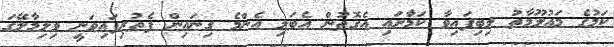
ކަމުގެ މައުލޫމާތު ލިބިފައިވާ ކަމަާށައި އެގޮތުން އެބަލި އެންމެ ގިނައިން ފެތުރިފައިވަނީ ވިލިމާލޭގަ